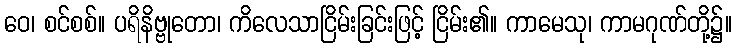
ဝေ၊ စင်စစ်။ ပရိနိဗ္ဗုတော၊ ကိလေသာငြိမ်းခြင်းဖြင့် ငြိမ်း၏။ ကာမေသု၊ ကာမဂုဏ်တို့၌။